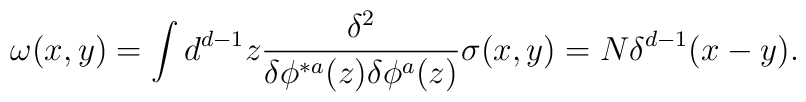
\omega (x,y)= \int d^{d-1}z{\delta^{2} \over\delta\phi^{*a}(z)\delta\phi^{a}(z)}\sigma (x,y)= N\delta^{d-1} (x-y).